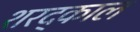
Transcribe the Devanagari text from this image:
शरद्काल